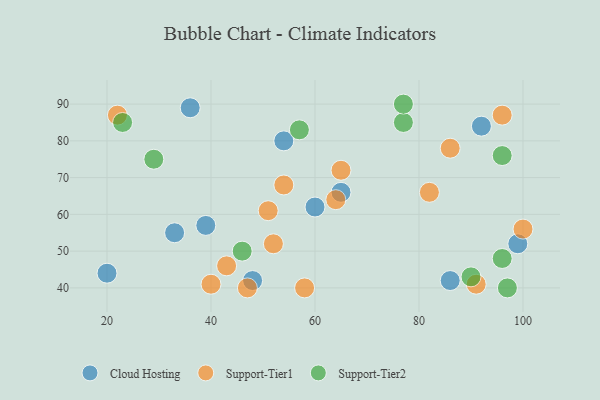
{"axis": {"x": "GDP", "y": "Life Expectancy"}, "legend": ["Cloud Hosting", "Support-Tier1", "Support-Tier2"], "data": [{"x": "33", "y": 55, "type": "Cloud Hosting"}, {"x": "54", "y": 80, "type": "Cloud Hosting"}, {"x": "20", "y": 44, "type": "Cloud Hosting"}, {"x": "86", "y": 42, "type": "Cloud Hosting"}, {"x": "48", "y": 42, "type": "Cloud Hosting"}, {"x": "39", "y": 57, "type": "Cloud Hosting"}, {"x": "36", "y": 89, "type": "Cloud Hosting"}, {"x": "60", "y": 62, "type": "Cloud Hosting"}, {"x": "65", "y": 66, "type": "Cloud Hosting"}, {"x": "99", "y": 52, "type": "Cloud Hosting"}, {"x": "92", "y": 84, "type": "Cloud Hosting"}, {"x": "65", "y": 72, "type": "Support-Tier1"}, {"x": "40", "y": 41, "type": "Support-Tier1"}, {"x": "47", "y": 40, "type": "Support-Tier1"}, {"x": "64", "y": 64, "type": "Support-Tier1"}, {"x": "43", "y": 46, "type": "Support-Tier1"}, {"x": "91", "y": 41, "type": "Support-Tier1"}, {"x": "58", "y": 40, "type": "Support-Tier1"}, {"x": "22", "y": 87, "type": "Support-Tier1"}, {"x": "86", "y": 78, "type": "Support-Tier1"}, {"x": "96", "y": 87, "type": "Support-Tier1"}, {"x": "54", "y": 68, "type": "Support-Tier1"}, {"x": "51", "y": 61, "type": "Support-Tier1"}, {"x": "100", "y": 56, "type": "Support-Tier1"}, {"x": "52", "y": 52, "type": "Support-Tier1"}, {"x": "82", "y": 66, "type": "Support-Tier1"}, {"x": "96", "y": 48, "type": "Support-Tier2"}, {"x": "97", "y": 40, "type": "Support-Tier2"}, {"x": "23", "y": 85, "type": "Support-Tier2"}, {"x": "77", "y": 85, "type": "Support-Tier2"}, {"x": "57", "y": 83, "type": "Support-Tier2"}, {"x": "46", "y": 50, "type": "Support-Tier2"}, {"x": "77", "y": 90, "type": "Support-Tier2"}, {"x": "90", "y": 43, "type": "Support-Tier2"}, {"x": "96", "y": 76, "type": "Support-Tier2"}, {"x": "29", "y": 75, "type": "Support-Tier2"}]}